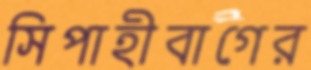
সিপাহীবাগের